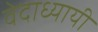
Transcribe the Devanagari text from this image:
वेदाध्यायी